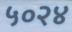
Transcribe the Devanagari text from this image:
५०२४